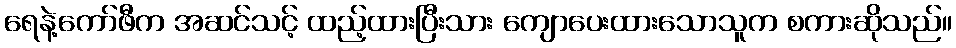
ရေနဲ့ကော်ဖီက အဆင်သင့် ထည့်ထားပြီးသား ကျောပေးထားသောသူက စကားဆိုသည်။